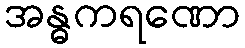
အန္ဓကရဏော